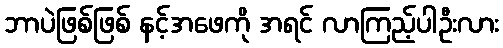
ဘာပဲဖြစ်ဖြစ် နင့်အဖေကို အရင် လာကြည့်ပါဦးလား